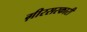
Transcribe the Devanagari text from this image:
ग़ीरसरकारी